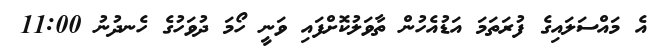
އެ މައްސަލައިގެ ފުރަތަމަ އަޑުއެހުން ތާވަލުކޮށްފައި ވަނީ ހޯމަ ދުވަހުގެ ހެނދުނު 11:00